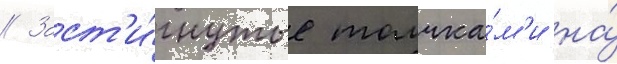
// Заст'и́гнутые толчка́м'и на́